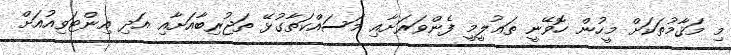
މި މަޤާމުތަކަށް މީހުން ހޮވޭނީ ތަޢުލީމީ ފެންވަރަށާއި މަސައްކަތާގުޅޭ ތަޖުރިބާއަށާއި އަދި އިންޓަވިއުއަށް